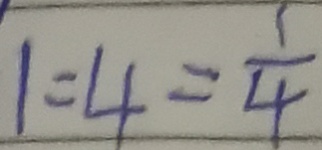
1 : 4 = \frac { 1 } { 4 }